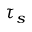
\tau _ { s }